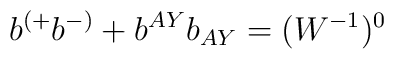
b^{(+} b^{-)} + b^{AY} b_{AY} = (W^{-1})^0